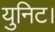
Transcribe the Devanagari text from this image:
युनिट।